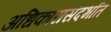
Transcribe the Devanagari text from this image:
अधिकारासंदर्भात